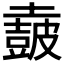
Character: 𡒡